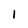
Character: 1